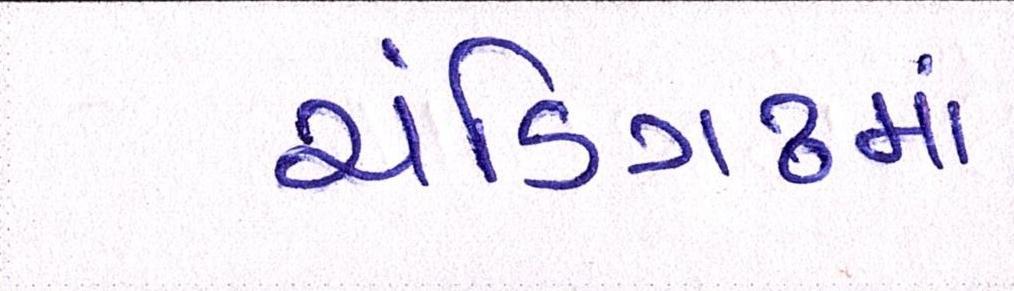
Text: ચંડિગઢમાં